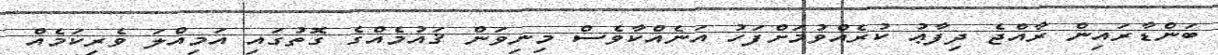
ބަންޑާރައިން ރާއްޖެ ދިފާޢު ކުރެއްވުމަށްފަހު އަނެއްކާވެސް މިނިވަން ޤައުމެއްގެ ގޮތުގައި އަމިއްލަ ވެރިކަމެއް